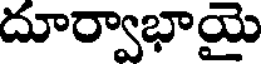
దూర్వాభాయై